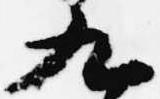
九